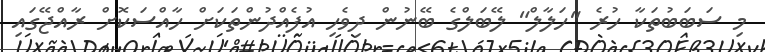
މި ސަބަބުތަކާ ހުރެ "ހަލާލް" ލޭބަލްގެ ބޭނުން ދިވެހި އުފެއްދުންތަކަށް ހާއްސަކޮށް ރާއްޖޭގައި